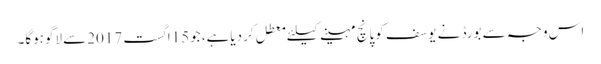
اس وجہ سے بورڈ نے یوسف کوپانچ مہینے کیلئے معطل کردیاہے، جو15اگست 2017سے لاگوہوگا۔